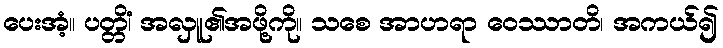
ပေးအံ့။ ပတ္တိံ၊ အလှူ၏အဖို့ကို။ သစေ အာဟရာ ဝေဿာတိ၊ အကယ်၍